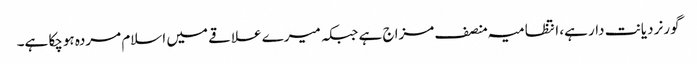
گورنر دیانت دار ہے، انتظامیہ منصف مزاج ہے جبکہ میرے علاقے میں اسلام مردہ ہوچکا ہے۔